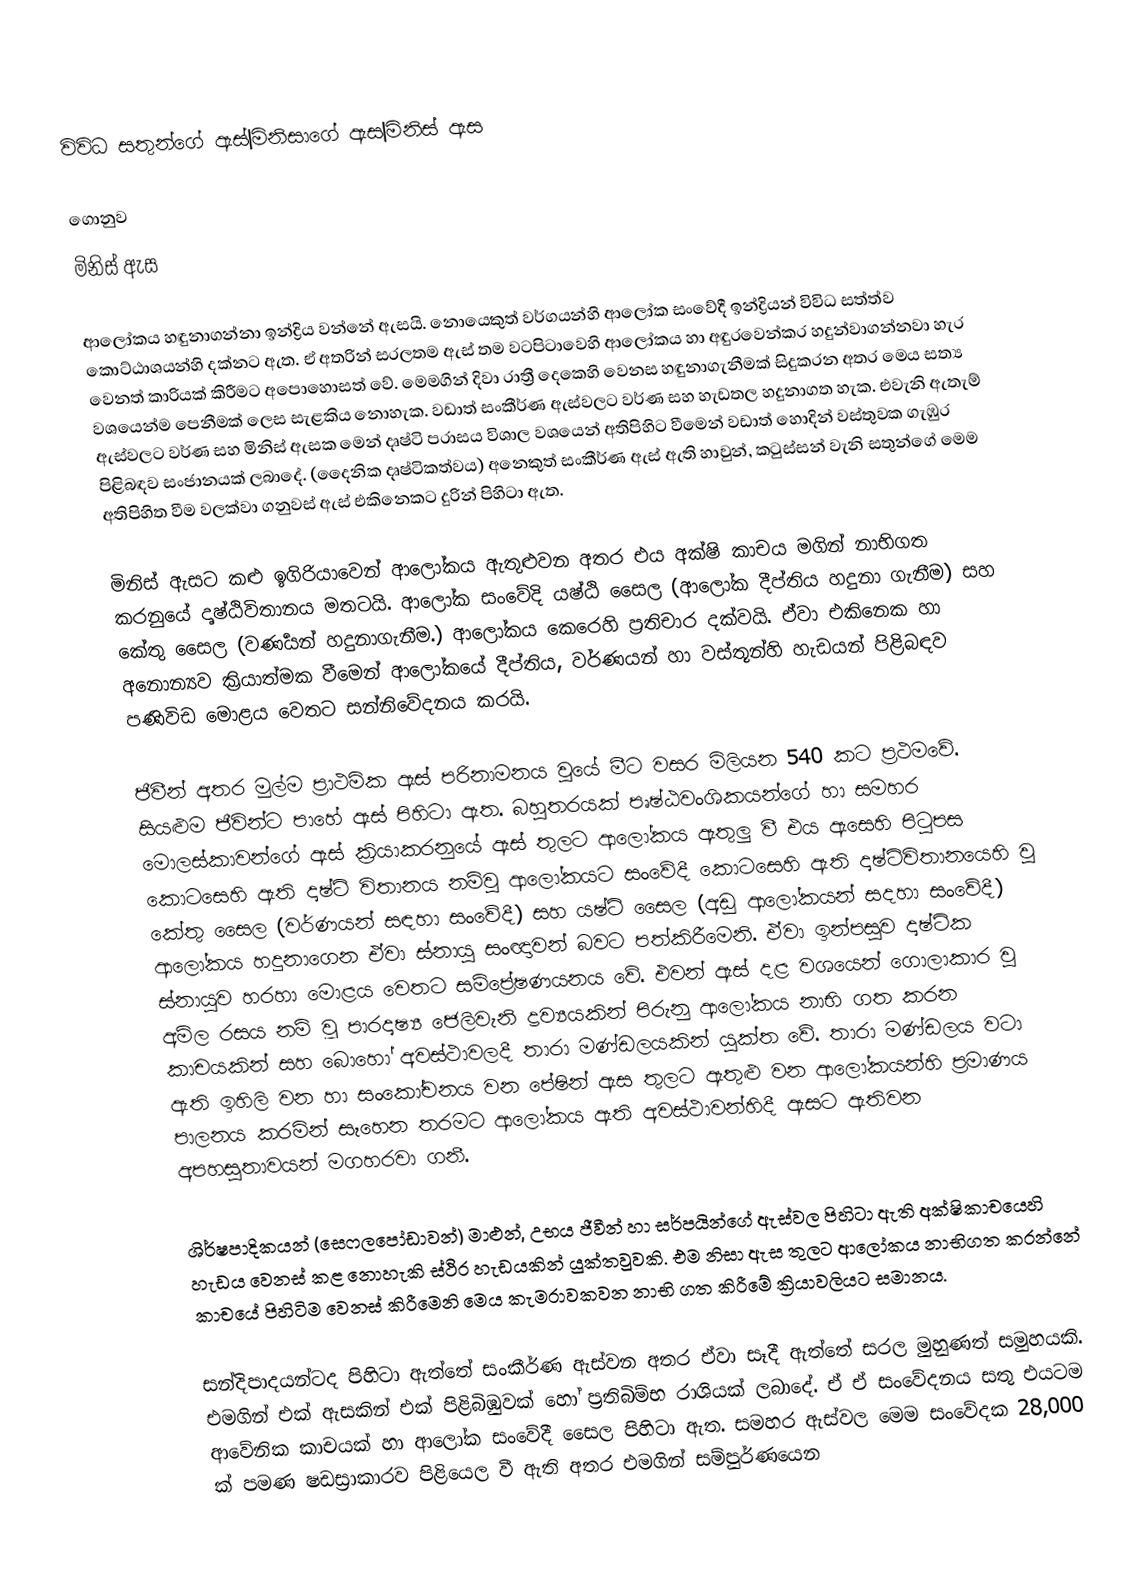
විවිධ සතුන්ගේ ඇස්|මිනිසාගේ ඇස|මිනිස් ඇස

ගොනුව
මිනිස් ඇස

ආලෝකය හඳුනාගන්නා ඉන්ද්‍රිය වන්නේ ඇසයි. නොයෙකුත් වර්ගයන්හි ආලෝක සංවේදී ඉන්ද්‍රියන් විවිධ සත්ත්ව කොට්ඨාශයන්හි දක්නට ඇත. ඒ අතරින් සරලතම ඇස් තම වටපිටාවෙහි ආලෝකය හා අඳුරවෙන්කර හදුන්වාගන්නවා හැර වෙනත් කාරියක් කිරීමට අපොහොසත් වේ. මෙමගින් දිවා රාත්‍රී දෙකෙහි වෙනස හඳුනාගැනීමක් සිදුකරන අතර මෙය සත්‍ය වශයෙන්ම පෙනීමක් ලෙස සැළකිය නොහැක. වඩාත් සංකීර්ණ ඇස්වලට වර්ණ සහ හැඩතල හදුනාගත හැක. එවැනි ඇතැම් ඇස්වලට වර්ණ සහ මිනිස් ඇසක මෙන් දෘෂ්ටි පරාසය විශාල වශයෙන් අතිපිහිට වීමෙන් වඩාත් හොදින් වස්තුවක ගැඹුර පිළිබඳව සංජානයක් ලබාදේ. (දෛනික දෘෂ්ටිකත්වය) අනෙකුත් සංකීර්ණ ඇස් ඇති හාවුන්, කටුස්සන් වැනි සතුන්ගේ මෙම අතිපිහිත වීම වලක්වා ගනුවස් ඇස් එකිනෙකට දුරින් පිහිටා ඇත.

මිනිස් ඇසට කළු ඉගිරියාවෙන් ආලෝකය ඇතුළුවන අතර එය අක්ෂි කාචය මගින් නාභිගත කරනුයේ දෘෂ්ඨිවිතානය මතටයි. ආලෝක සංවේදි යෂ්ඨි සෛල (ආලෝක දීප්තිය හදුනා ගැනීම) සහ කේතු සෛල (වර්‍ණයන් හදුනාගැනීම.) ආලෝකය කෙරෙහි ප්‍රතිචාර දක්වයි. ඒවා එකිනෙක හා අනොන්‍යව ක්‍රියාත්මක වීමෙන් ආලෝකයේ දීප්තිය, වර්ණයන් හා වස්තූන්හි හැඩයන් පිළිබඳව පණිවිඩ මොළය වෙතට සන්නිවේදනය කරයි.

ජීවීන් අතර මුල්ම ප්‍රාථමික ඇස් පරිනාමනය වුයේ මීට වසර මිලියන 540 කට ප්‍රථමවේ. සියළුම ජීවින්ට පාහේ ඇස් පිහිටා ඇත. බහුතරයක් පෘෂ්ඨවංශිකයන්ගේ හා සමහර මොලස්කාවන්ගේ ඇස් ක්‍රියාකරනුයේ ඇස් තුලට ආලෝකය ඇතුලු වී එය ඇසෙහි පිටුපස කොටසෙහි ඇති දෘෂ්ටි විතානය නම්වු ආලෝකයට සංවේදී කොටසෙහි ඇති දෘෂ්ටිවිතානයෙහි වු කේතු සෛල (වර්ණයන් සඳහා සංවේදී) සහ යෂ්ටි සෛල (අඩු ආලෝකයන් සදහා සංවේදී) ආලෝකය හදුනාගෙන ඒවා ස්නායු සංඥාවන් බවට පත්කිරීමෙනි. ඒවා ඉන්පසුව දෘෂ්ටික ස්නායුව හරහා මොළය වෙතට සම්ප්‍රේෂණයනය වේ. එවන් ඇස් දළ වශයෙන් ගොලාකාර වු අම්ල රසය නම් වූ පාරදෘෂ්‍ය ජෙලිවැනි ද්‍රව්‍යයකින් පිරුනු ආලෝකය නාභි ගත කරන කාචයකින් සහ බොහෝ අවස්ථාවලදී තාරා මණ්ඩලයකින් යුක්ත වේ. තාරා මණ්ඩලය වටා ඇති ඉහිලි වන හා සංකෝචනය වන පේෂින් ඇස තුලට ඇතුළු වන ආලෝකයන්හි ප්‍රමාණය පාලනය කරමින් සෑහෙන තරමට ආලෝකය ඇති අවස්ථාවන්හිදී ඇසට ඇතිවන අපහසුතාවයන් මගහරවා ගනී.

ශිර්ෂපාදිකයන් (සෙෆලපෝඩාවන්) මාළුන්, උභය ජීවීන් හා සර්පයින්ගේ ඇස්වල පිහිටා ඇති අක්ෂිකාචයෙහි හැඩය වෙනස් කළ නොහැකි ස්ථිර හැඩයකින් යුක්තවුවකි. එම නිසා ඇස තුලට ආලෝකය නාභිගත කරන්නේ කාචයේ පිහිටිම වෙනස් කිරීමෙනි මෙය කැමරාවකවන නාභි ගත කිරීමේ ක්‍රියාවලියට සමානය.

සන්දිපාදයන්ටද පිහිටා ඇත්තේ සංකීර්ණ ඇස්වන අතර ඒවා සෑදී ඇත්තේ සරල මුහුණත් සමුහයකි. එමගින් එක් ඇසකින් එක් පිළිබිඹුවක් හෝ ප්‍රතිබිම්භ රාශියක් ලබාදේ. ඒ ඒ සංවේදනය සතු එයටම ආවේනික කාචයක් හා ආලෝක සංවේදී ‍සෛල පිහිටා ඇත. සමහර ඇස්වල මෙම සංවේදක 28,000 ක් පමණ ෂඩස්‍රාකාරව පිළියෙල වී ඇති අතර එමගින් සම්පුර්ණයෙන